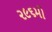
૨૯૬મો